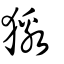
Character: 獥